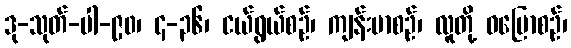
ဒု-သုတ်-ပါ-၉၀၊ ၄-၃၆၊ ငယ်ရွယ်စဉ်၊ ကျန်းမာစဉ်၊ လူတို့ ဝပြောစဉ်၊